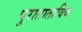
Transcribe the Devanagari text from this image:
पुराताताविक